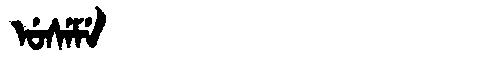
Manchu: ᡠᠰᡝᠮᡝ
Romanization: USEME